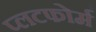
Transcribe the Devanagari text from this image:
प्लटफोर्म